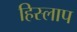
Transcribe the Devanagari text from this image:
हिस्लाप